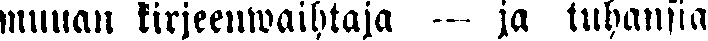
mnuan kirjeenwaihtaja — ja tuhansia